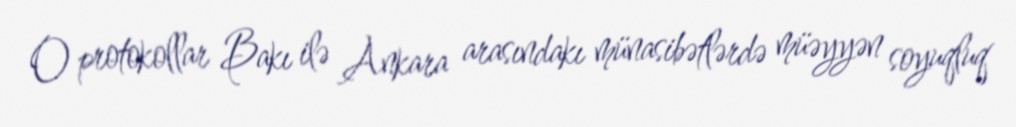
O protokollar Bakı ilə Ankara arasındakı münasibətlərdə müəyyən soyuqluq